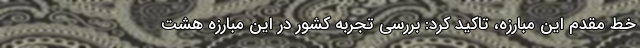
خط مقدم این مبارزه، تاکید کرد: بررسی تجربه کشور در این مبارزه هشت